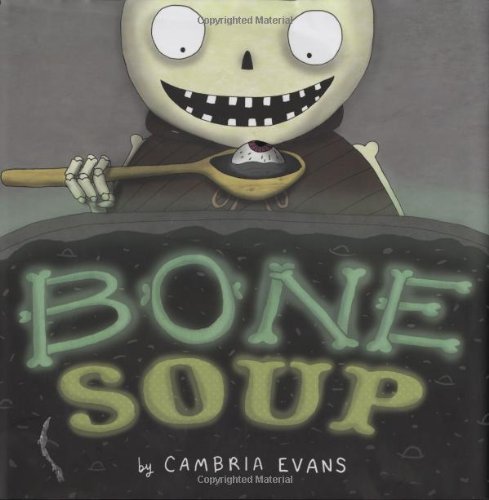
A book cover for Bone Soup; Cambria Evans; Children's Books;